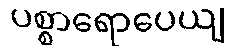
ပစ္စာရောပေယျ